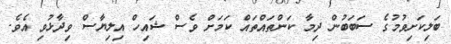
ބަލިކަށިވުމުގެ ސަބަބުން ދިމާ ކަންތައްތައް ކަމަށް ވެސް ޝައިހް އިލިޔާސް ވިދާޅުވި އެވެ.